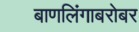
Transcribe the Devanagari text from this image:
बाणलिंगाबरोबर